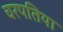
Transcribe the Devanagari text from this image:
चरपतिया